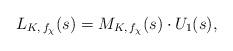
LaTeX: \begin{align*}L_{K,\,f_{\chi}}(s)=M_{K,\,f_{\chi}}(s)\cdot U_{1}(s),\end{align*}